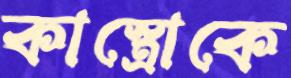
কাস্ত্রোকে